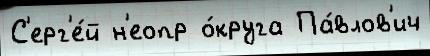
С'ерг'е́й н'еопр о́круга Па́влов'ич